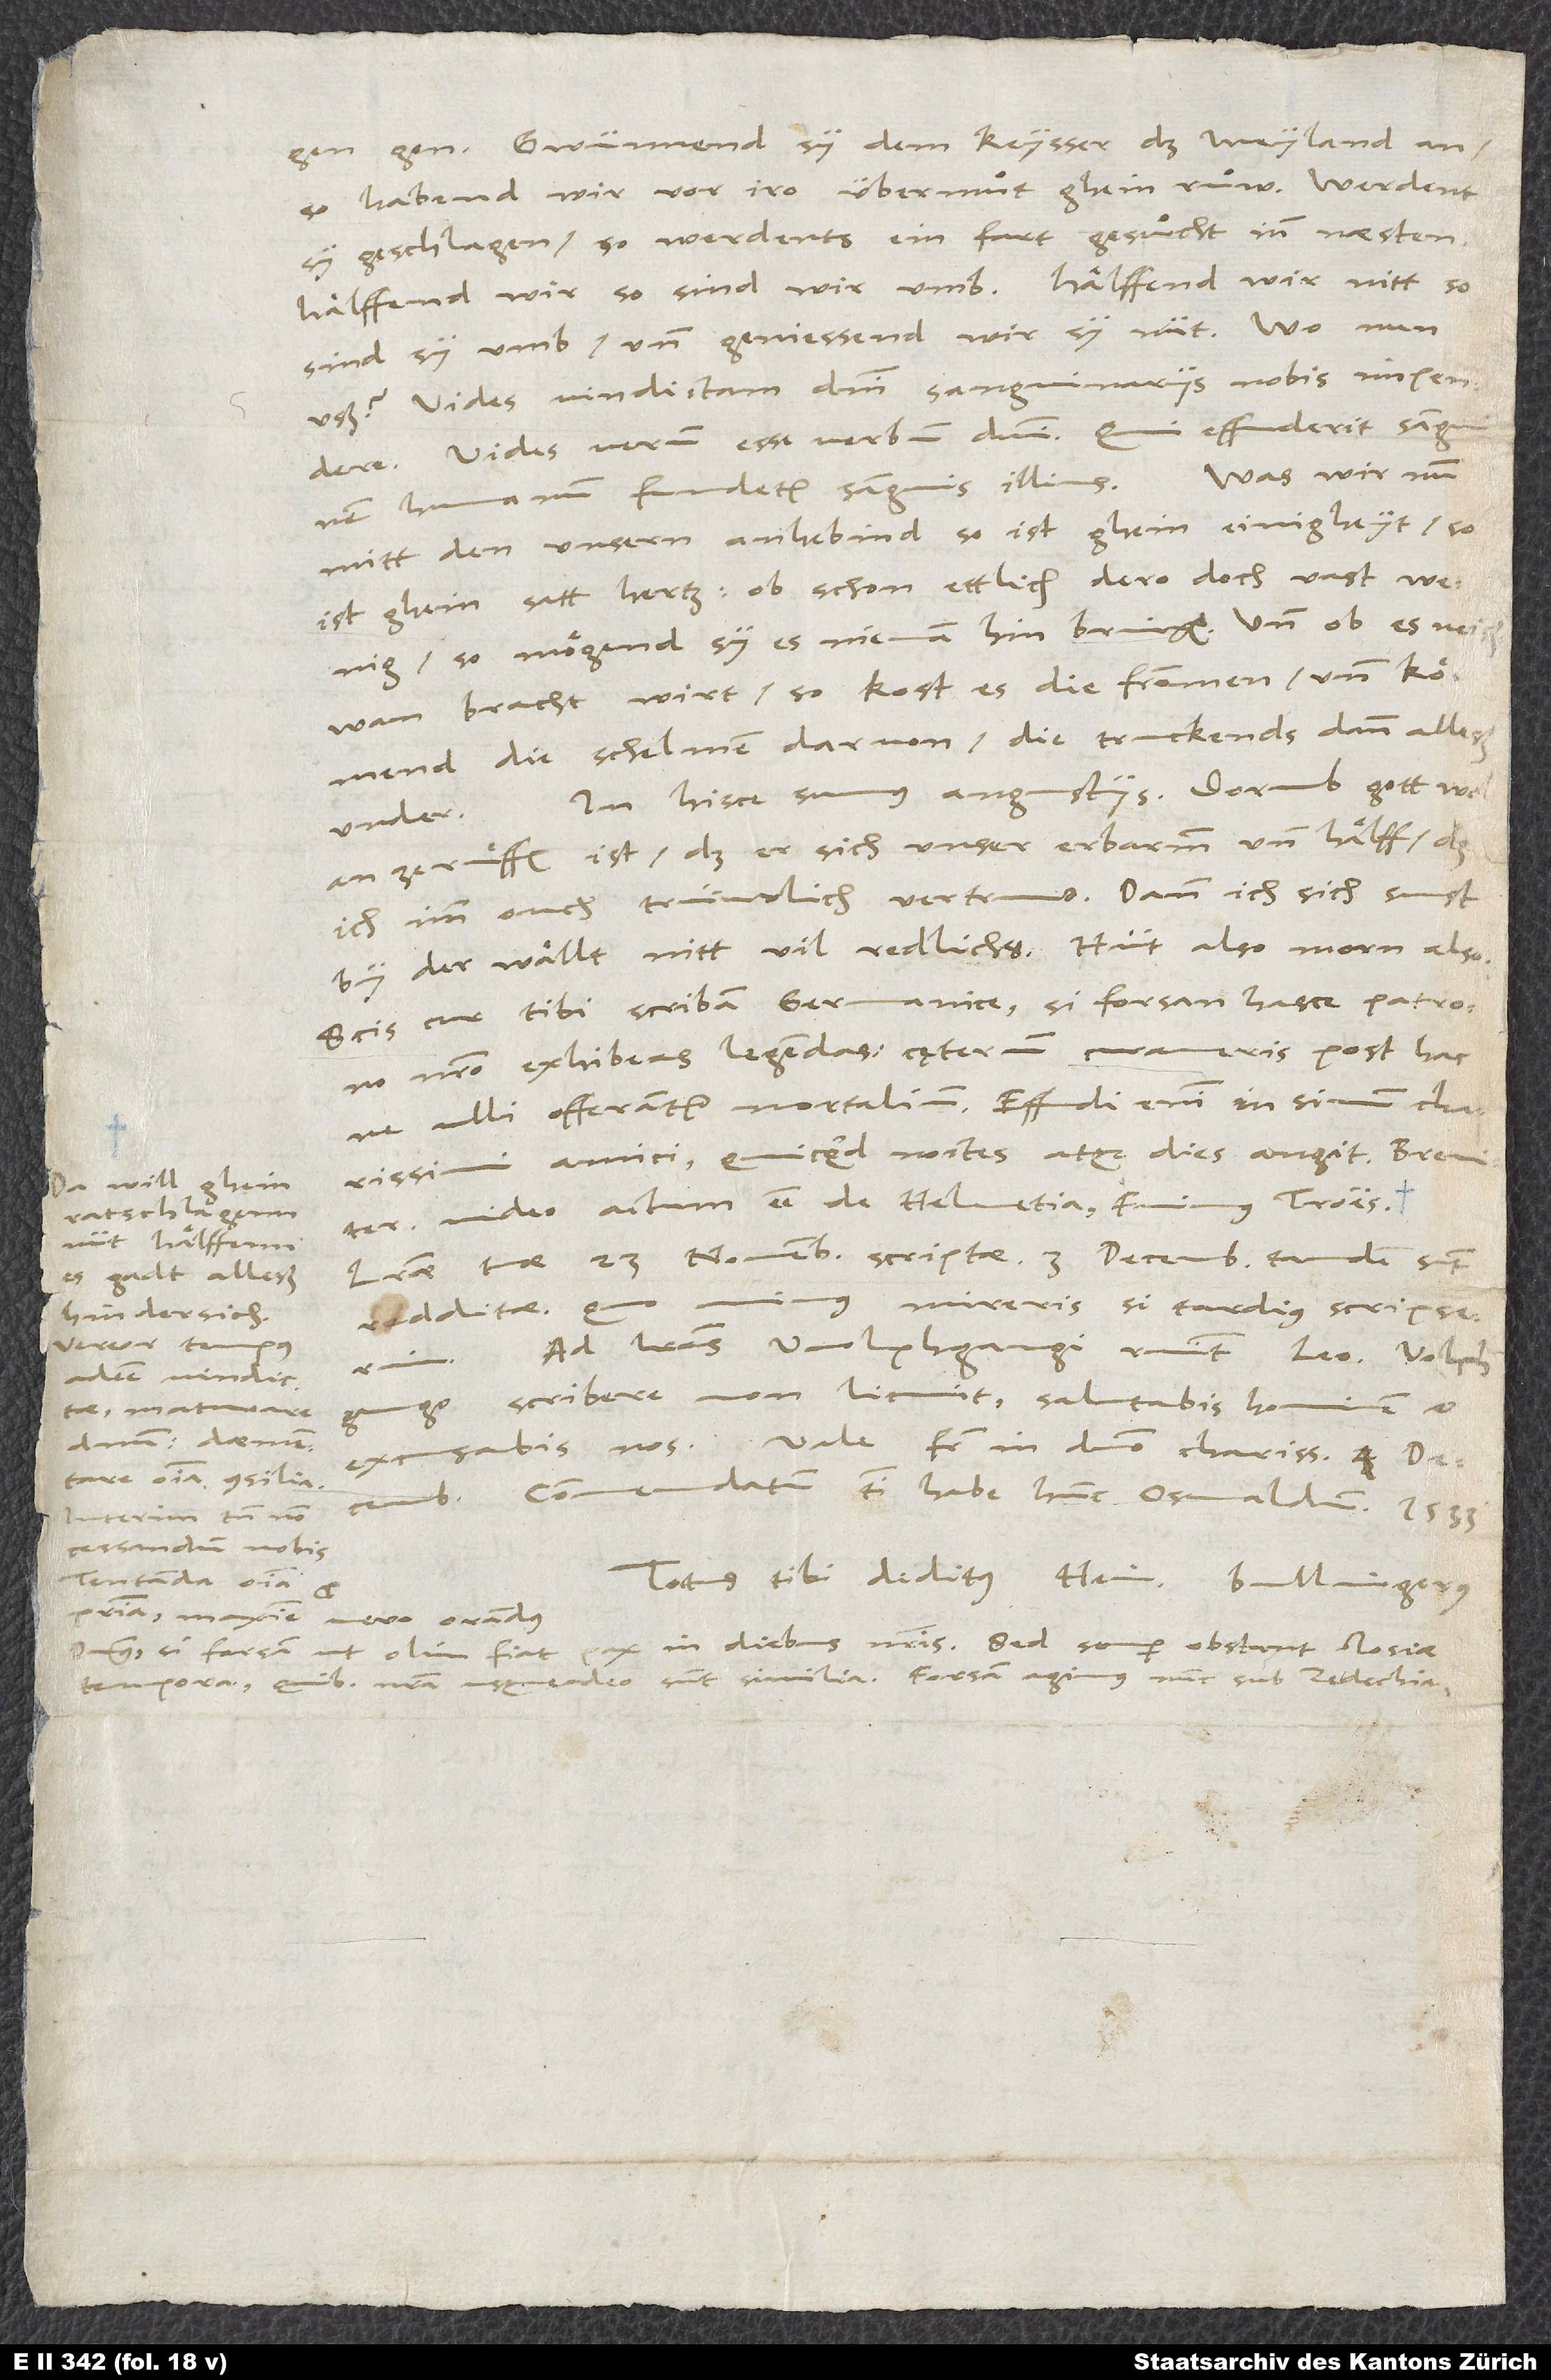
gon. Gwünnend sy dem keysser das Meyland an,
so habend wir vor iro übermuͦt ghein ruͦw. Werdent
sy geschlagen, so werdents ein fart gesuͦcht inn nästen.
Hälffend wir, so sind wir umb; hälffend wir nitt, so
sind sy umb, und geniessend wir sy nüt. Wo nun
uß? Vides vindictam domini sanguinariis nobis impendere.
Vides verum esse verbum domini: «Qui effuderit sanguinem
humanum, fundetur sanguis illius» . Was wir nun
mitt den unsern anhebind, so ist ghein einigheyt, so
ist ghein satt hertz, ob schon ettlich, dero doch vast wenig,
so mögend sy es nienan hin bringen, und ob es neißwan
bracht wirt, so kost es die frommen und kömend
die schelmen darvon. Die truckends dann alleß
In hisce sumus angustus. Dorumb gott wol
under.
anzeruͤffen ist, daß er sich unser erbarmm und hälff, das
ich imm ouch trüwlich vertruw. Dann ich sich sunst
by der wällt nitt vil redlichs. Hüt also, morn also.
Scis, cur tibi scribam germanice, si forsan hasce patrono
nostro exhibeas legendas. Caeterum curaveris post hac,
ne ulli offerantur mortalium. Effudi enim in sinum charissimi
amici, quicquid noctes atque dies angit. Breviter
Da will ghein
video actum esse de Helvetia: Fuimus Troës.
ratschlagenn
nüt hälffenn.
Literae tuae 23. novembris scriptae 3. decembris tandem sunt
Es gadt alleß
redditae, quo minus mireris, si tardius scripserim.
hindersich.
Vereor tempus
Ad literas Wolphgangi respondit Leo. Wolphgango
adesse vindictae,
scribere non licuit. Salutabis hominem et
maturare
dominum, daementare
omnia consilia.
Commendatum tibi habe hunc Osvaldum.
Interim tamen non
cessandum nobis,
tentanda omnia pro
patria, maxime vero orandus
dominus, si forsan, ut olim, fiat pax in diebus nostris. Sed semper obstant Iosiae
tempora, quibus nostra usqueadeo sunt similia. Forsan agimus nunc sub Zedechia.